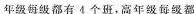
年级每级都有4个班，高年级每级都